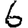
Digit: 6